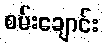
စမ်းချောင်း